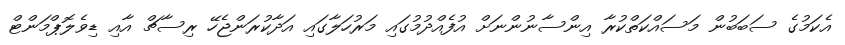
އެކަމުގެ ސަބަބުން މަސައްކަތްކުރާ އިންސާނުންނަށް އުފެއްދުމުގައި މަރުހަލާގައި އަދާކުރަންޖެހޭ ރިސާޗް އާއި ޑިވެލޮޕްމަންޓް